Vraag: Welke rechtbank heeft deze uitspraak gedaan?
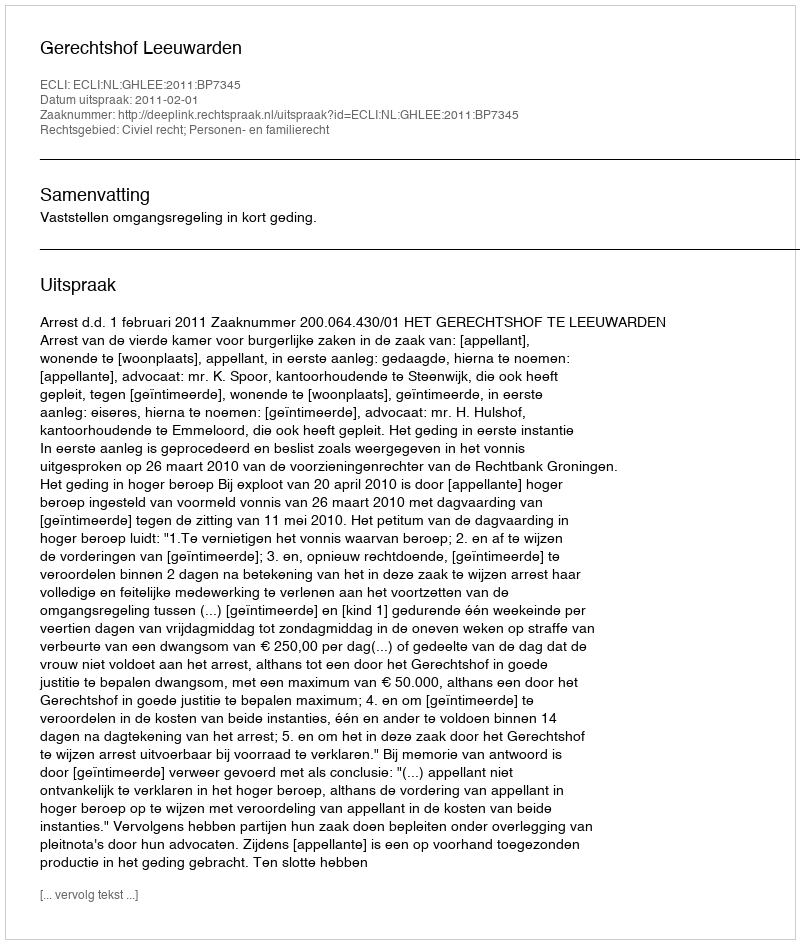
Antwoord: Gerechtshof Leeuwarden